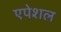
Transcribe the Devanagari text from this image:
एपेशल